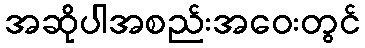
အဆိုပါအစည်းအဝေးတွင်